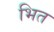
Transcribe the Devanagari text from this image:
भित